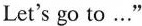
Let's go to …"